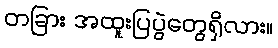
တခြား အထူးပြပွဲတွေရှိလား။